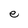
Character: e